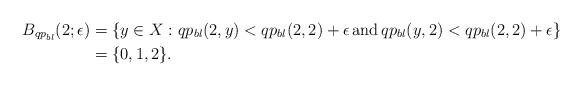
LaTeX: \begin{align*}B_{{qp}_{bl}}(2;\epsilon)&= \{ y \in X : qp_{bl}(2,y) < qp_{bl}(2,2) + \epsilon \thinspace \mbox{and} \thinspace qp_{bl}(y,2) < qp_{bl}(2,2) + \epsilon \}\\&=\{0,1,2\}.\end{align*}